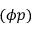
( \phi p )